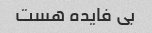
بی فایده هست